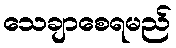
သေချာစေရမည်